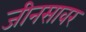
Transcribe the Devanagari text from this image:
जीनसावर